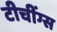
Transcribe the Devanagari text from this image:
टीचींग्स